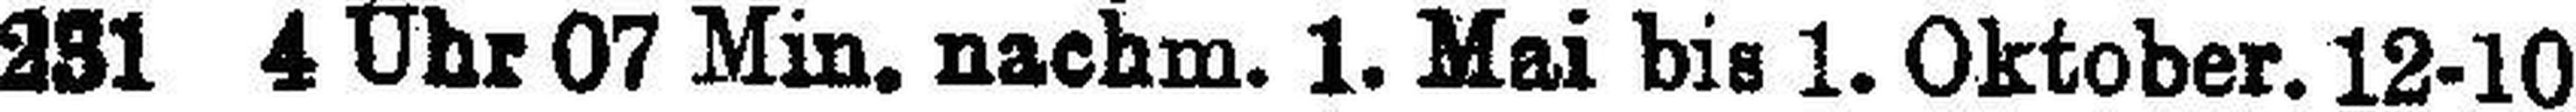
251 4 Uhr 07 Min. nachm. 1. Mai bis 1. Oktober. 12-10